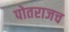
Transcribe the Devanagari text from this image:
पोतराजच